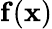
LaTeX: \mathbf{f}(\mathbf{x})